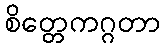
စိတ္တေကဂ္ဂတာ